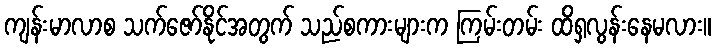
ကျန်းမာလာစ သက်ဇော်နိုင်အတွက် သည်စကားများက ကြမ်းတမ်း ထိရှလွန်းနေမလား။